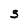
Character: 5